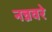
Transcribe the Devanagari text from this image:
नन्नवरे